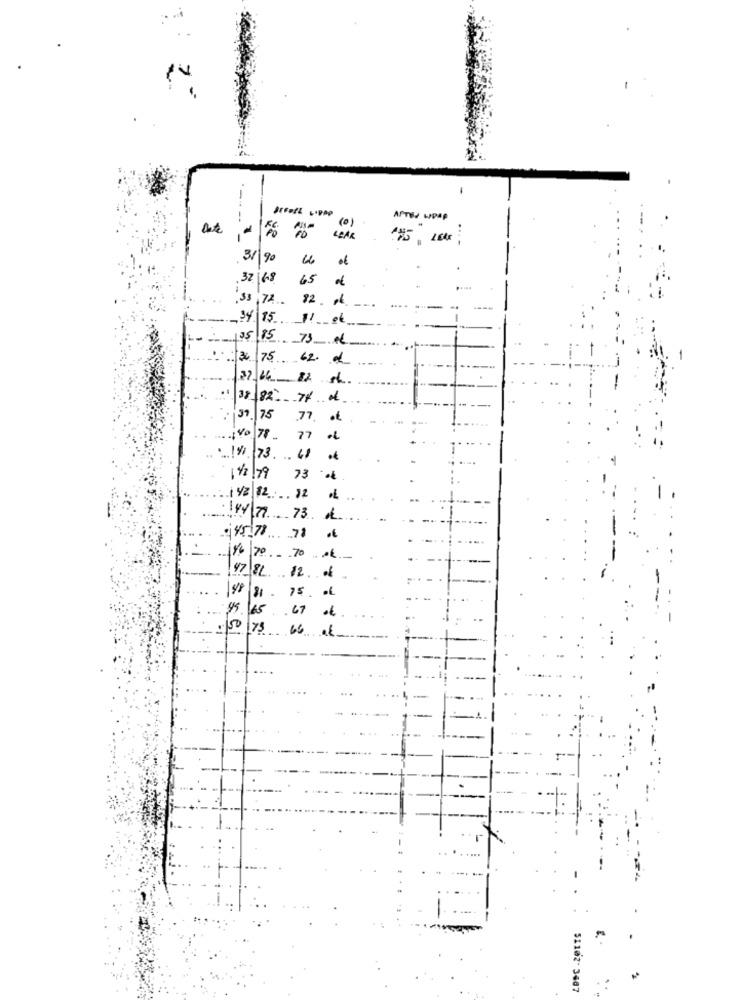
-
AFTER WRAP
(0)
3/ 90
.32 68
65
:33,72. 82. 16.
--
34 85 11 ok
135/85 73 A6
3 75 62.
37.66 82 4.
·1 38 82" If of
31 75
77. . ₺
140|78
77
1973.41
11/2/19
73
1 /2/12 12
144/77 73 .
·45.78 78
186 70 70
47 8L 12 of
98 8 . 75 . . 6
.€
65.67
50 75 6 al
51102- 3487